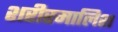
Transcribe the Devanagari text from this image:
शरीरमालिश